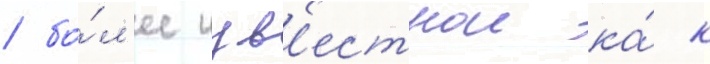
/ бо́л'ее изв'естнои ка́к